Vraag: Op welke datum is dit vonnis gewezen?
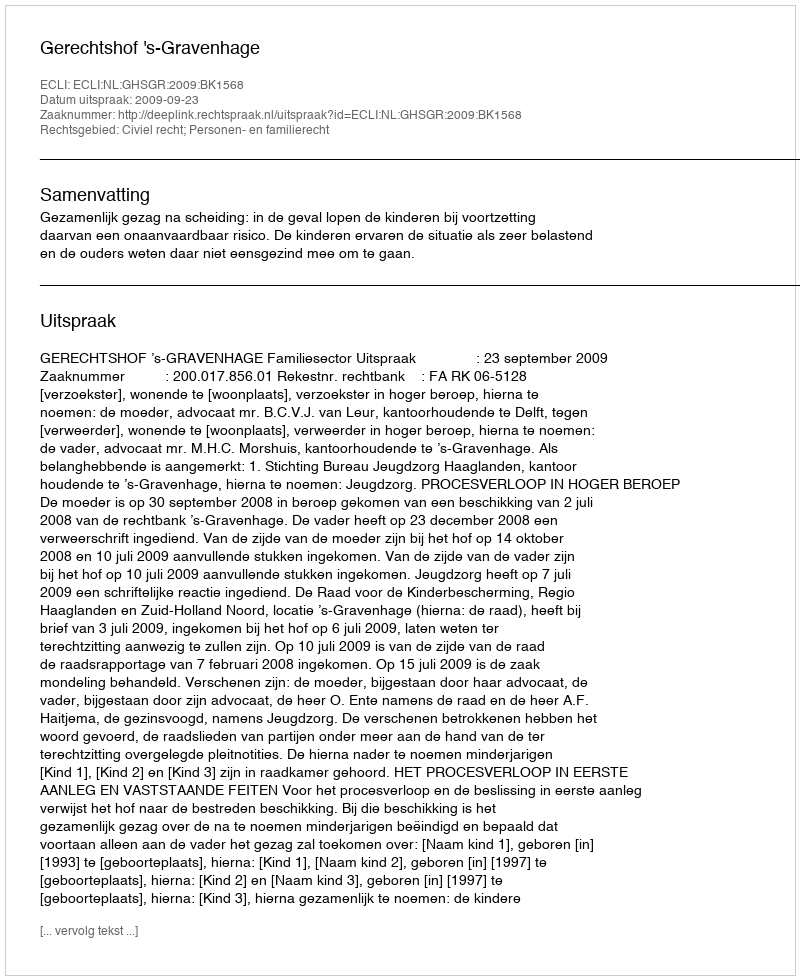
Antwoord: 2009-09-23